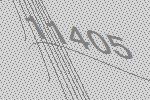
11405